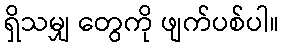
ရှိသမျှ တွေကို ဖျက်ပစ်ပါ။